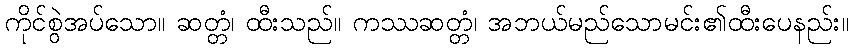
ကိုင်စွဲအပ်သော။ ဆတ္တံ၊ ထီးသည်။ ကဿဆတ္တံ၊ အဘယ်မည်သောမင်း၏ထီးပေနည်း။